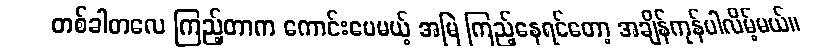
တစ်ခါတလေ ကြည့်တာက ကောင်းပေမယ့် အမြဲ ကြည့်နေရင်တော့ အချိန်ကုန်ပါလိမ့်မယ်။